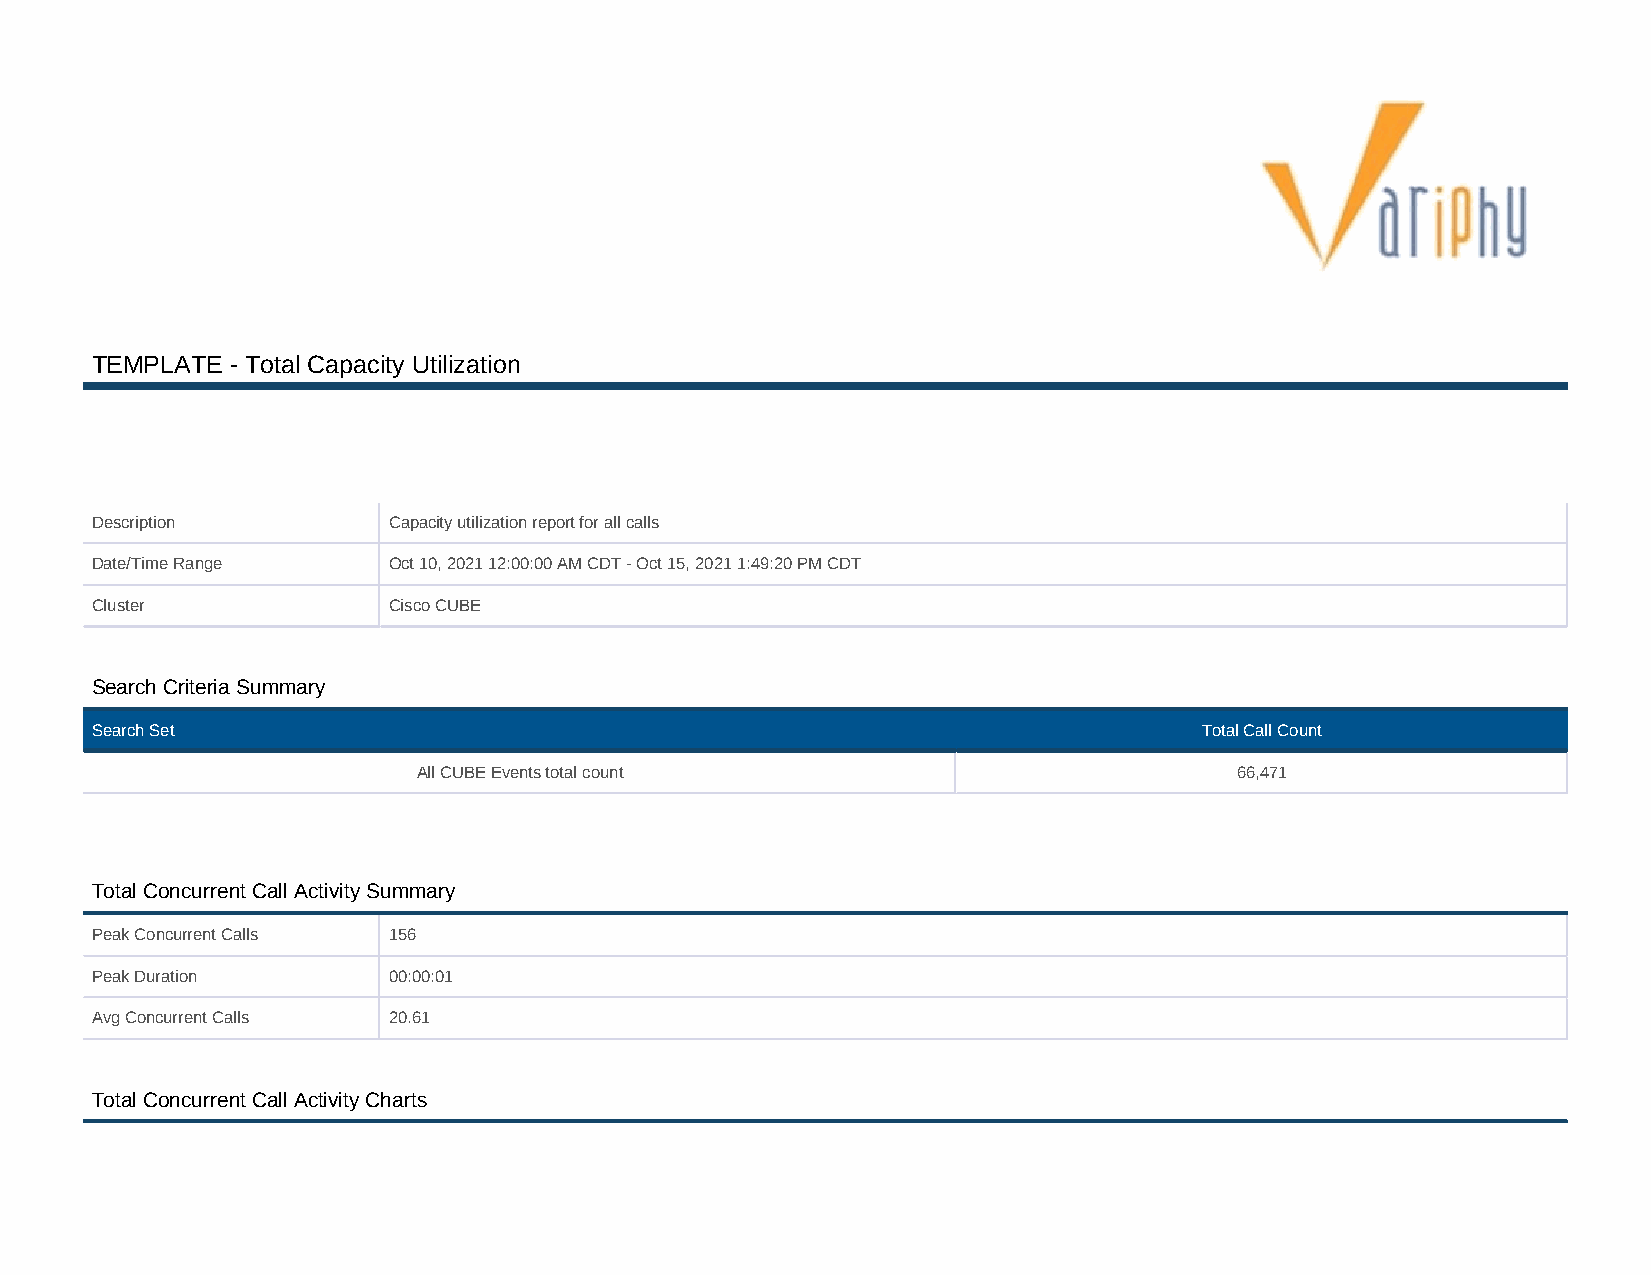
TEMPLATE - Total Capacity Utilization
 Description         Capacity utilization report for all calls
 Date/Time Range     Oct 10, 2021 12:00:00 AM CDT - Oct 15, 2021 1:49:20 PM CDT
 Cluster             Cisco CUBE
 Search Criteria Summary
 Search Set                                                                Total Call Count
 All CUBE Events total count                           66,471
 Total Concurrent Call Activity Summary
 Peak Concurrent Calls 156
 Peak Duration       00:00:01
 Avg Concurrent Calls 20.61
 Total Concurrent Call Activity Charts